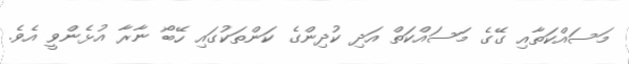
މަސައްކަތާއި ގޭގެ މަސައްކަތް އަދި ކުދިންގެ ކަންތަކުގައި ހޭބޯ ނާރާ އުޅެންވީ އެވެ.